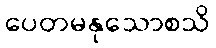
ပေတမနုသောစသိ